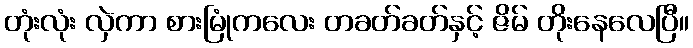
တုံးလုံး လှဲကာ စားမြုံကလေး တခတ်ခတ်နှင့် ဇိမ် တိုးနေလေပြီ။